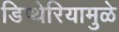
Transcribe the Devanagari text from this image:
डिप्थेरियामुळे